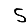
Digit: 5